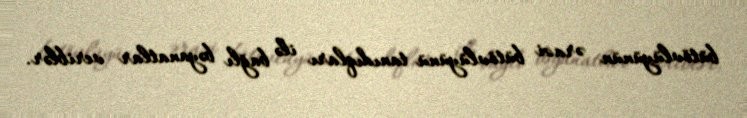
bütövlüyünün ərazi bütövlüyünü tanıdıqları ilə bağlı bəyanatlar veriblər.